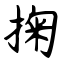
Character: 掬